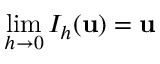
\operatorname* { l i m } _ { h \rightarrow 0 } I _ { h } ( \mathbf { u } ) = \mathbf { u }